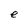
Character: e